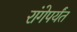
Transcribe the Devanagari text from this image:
रांगेपर्यंत